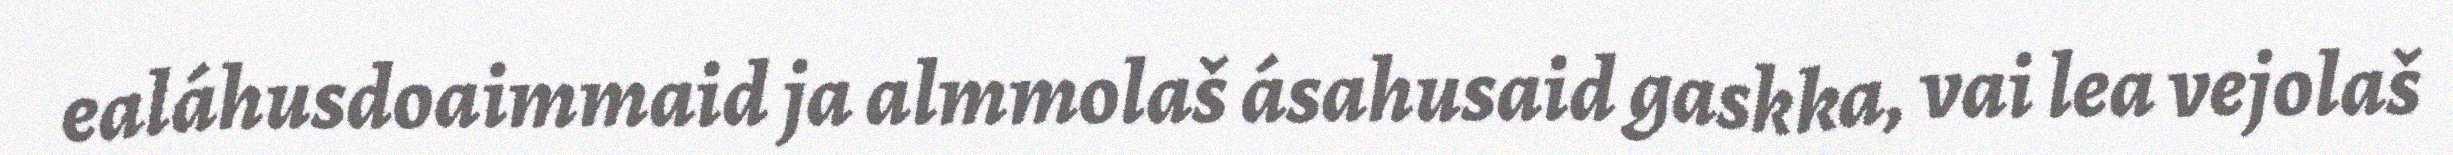
ealáhusdoaimmaid ja almmolaš ásahusaid gaskka, vai lea vejolaš